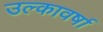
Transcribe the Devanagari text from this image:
उल्कावर्षा